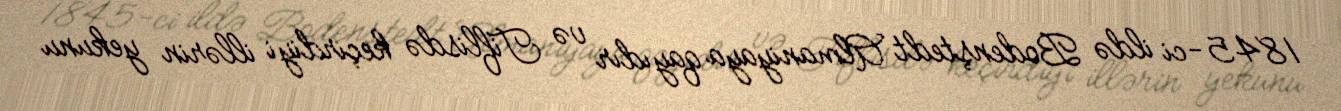
1845-ci ildə Bodenştedt Almaniyaya qayıdır və Tiflisdə keçirdiyi illərin yekunu